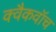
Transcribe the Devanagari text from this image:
क्वैकवॉच